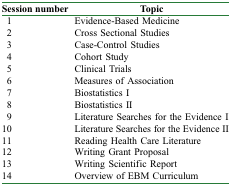
| Session number | Topic |
 | --- | --- |
 | 1 | Evidence-Based Medicine |
 | 2 | Cross Sectional Studies |
 | 3 | Case-Control Studies |
 | 4 | Cohort Study |
 | 5 | Clinical Trials |
 | 6 | Measures of Association |
 | 7 | Biostatistics I |
 | 8 | Biostatistics II |
 | 9 | Literature Searches for the Evidence I |
 | 10 | Literature Searches for the Evidence II |
 | 11 | Reading Health Care Literature |
 | 12 | Writing Grant Proposal |
 | 13 | Writing Scientific Report |
 | 14 | Overview of EBM Curriculum |